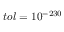
t o l = 1 0 ^ { - 2 3 0 }